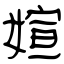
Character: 媗